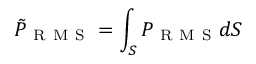
\tilde { P } _ { \mathrm { ~ R ~ M ~ S ~ } } = \int _ { S } P _ { \mathrm { ~ R ~ M ~ S ~ } } d S